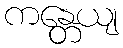
ကန္တေယျ